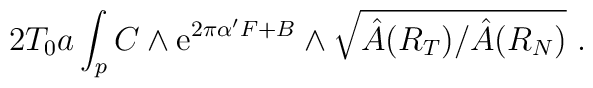
2T_0a\int_{p} C\wedge {\rm e}^{2\pi\alpha' F + B} \wedge \sqrt{\hat{A}(R_T)/\hat{A}(R_N)}~.